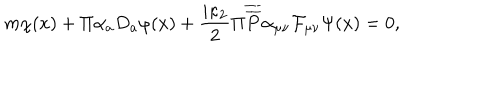
m \chi ( x ) + \Pi \alpha _ { a } D _ { a } \varphi ( x ) + \frac { i \kappa _ { 2 } } 2 \Pi \overline { { { \overline { { { P } } } } } } \alpha _ { \mu \nu } \mathcal { F } _ { \mu \nu } \Psi ( x ) = 0 ,